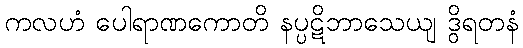
ကလဟံ ပေါရာဏကောတိ နပ္ပဋိဘာသေယျ ဒွိရတနံ